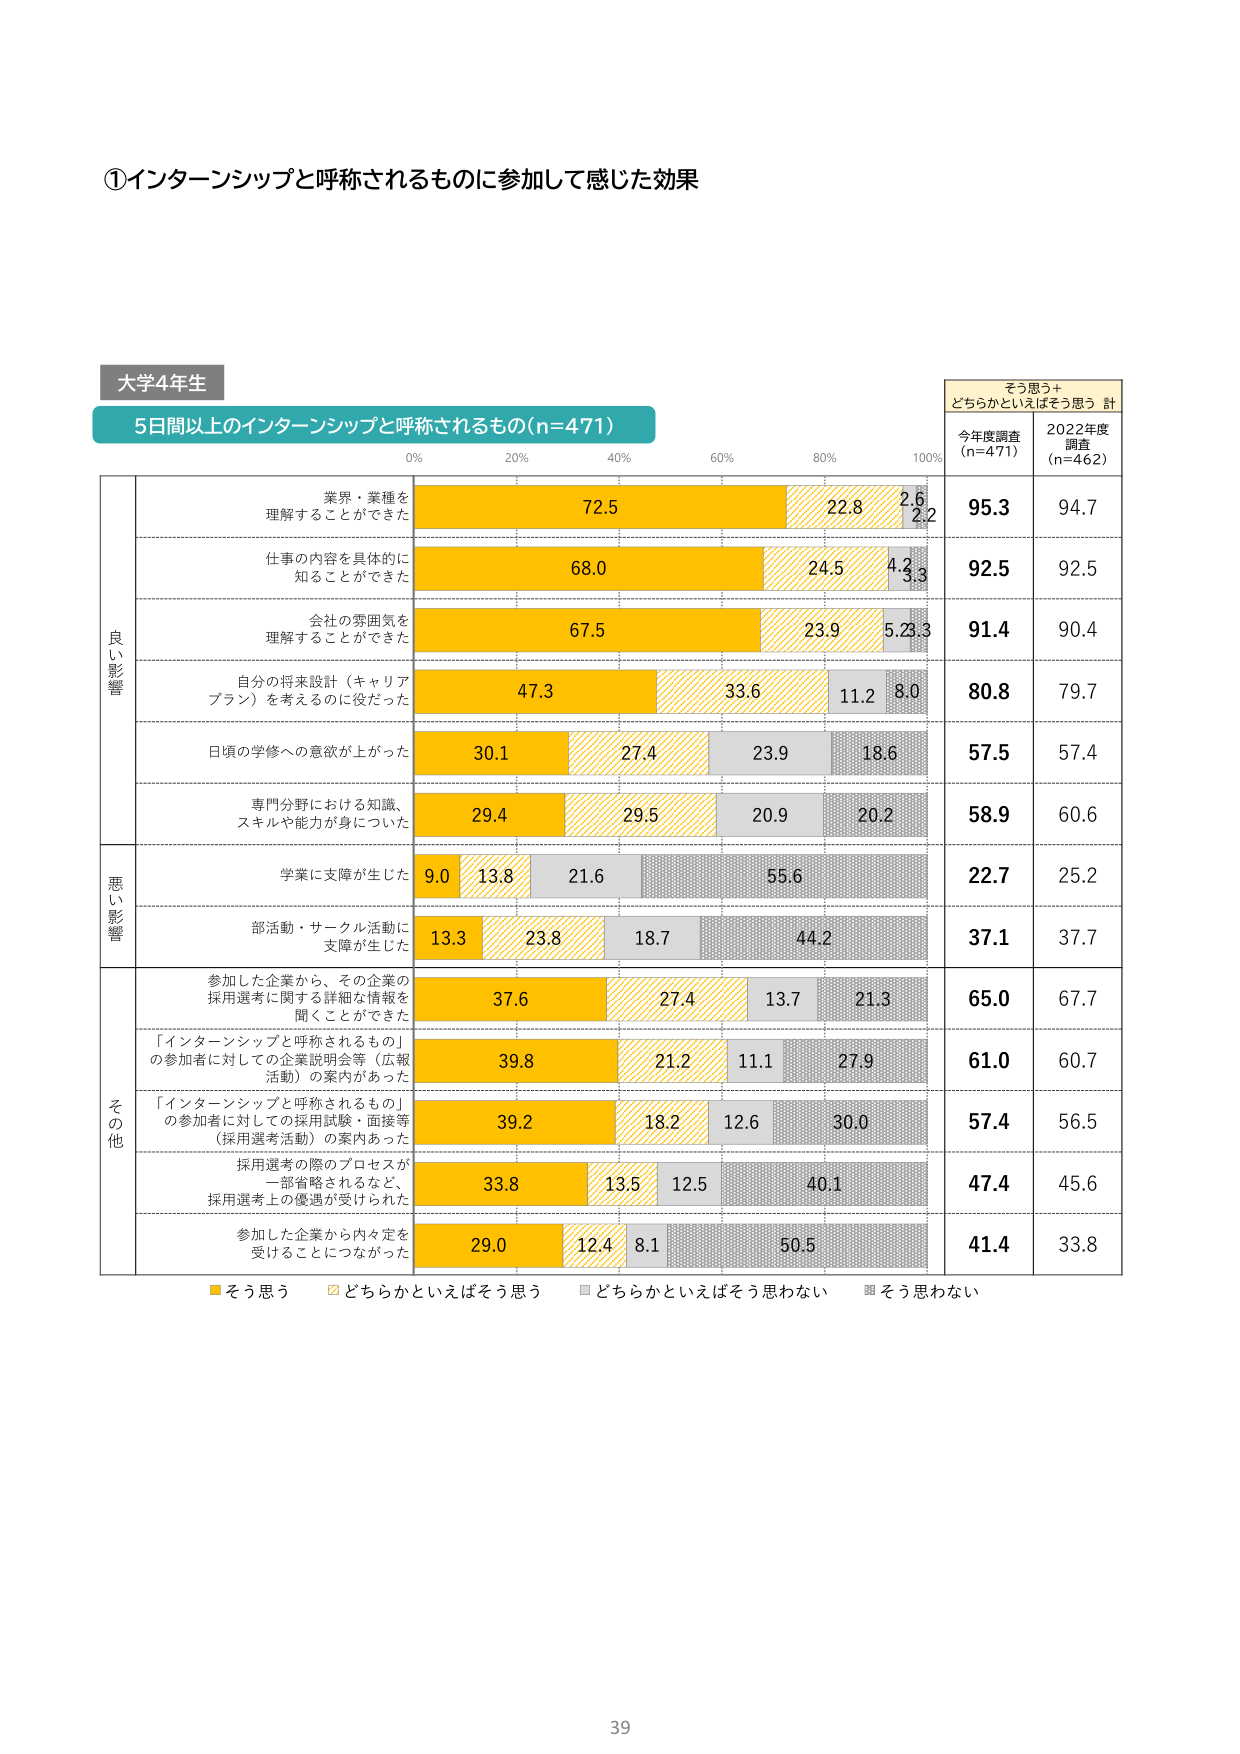
①インターンシップと呼称されるものに参加して感じた効果

大学4年生

5日間以上のインターンシップと呼称されるもの（n=471）

0% 20% 40% 60% 80% 100%

そう思う＋どちらかといえばそう思う 計
今年度調査（n=471） 2022年度調査（n=462）

良い影響
業界・業種を理解することができた 72.5 22.8 2.6 2.2 95.3 94.7
仕事の内容を具体的に知ることができた 68.0 24.5 4.2 3.3 92.5 92.5
会社の雰囲気を理解することができた 67.5 23.9 5.2 3.3 91.4 90.4
自分の将来設計（キャリアプラン）を考えるのに役だった 47.3 33.6 11.2 8.0 80.8 79.7
日頃の学修への意欲が上がった 30.1 27.4 23.9 18.6 57.5 57.4
専門分野における知識、スキルや能力が身についた 29.4 29.5 20.9 20.2 58.9 60.6

悪い影響
学業に支障が生じた 9.0 13.8 21.6 55.6 22.7 25.2
部活動・サークル活動に支障が生じた 13.3 23.8 18.7 44.2 37.1 37.7

その他
参加した企業から、その企業の採用選考に関する詳細な情報を聞くことができた 37.6 27.4 13.7 21.3 65.0 67.7
「インターンシップと呼称されるもの」の参加者に対しての企業説明会等（広報活動）の案内があった 39.8 21.2 11.1 27.9 61.0 60.7
「インターンシップと呼称されるもの」の参加者に対しての採用試験・面接等（採用選考活動）の案内あった 39.2 18.2 12.6 30.0 57.4 56.5
採用選考の際のプロセスが一部省略されるなど、採用選考上の優遇が受けられた 33.8 13.5 12.5 40.1 47.4 45.6
参加した企業から内々定を受けることになった 29.0 12.4 8.1 50.5 41.4 33.8

■そう思う □どちらかといえばそう思う ■どちらかといえばそう思わない ■そう思わない

39